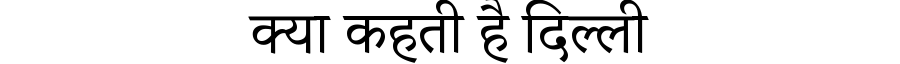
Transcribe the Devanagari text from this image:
क्या कहती है दिल्ली